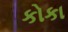
કોકા